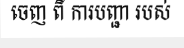
ចេញ ពី ការបញ្ជា របស់